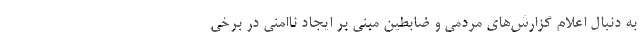
به دنبال اعلام گزارش‌های مردمی و ضابطین مبنی بر ایجاد ناامنی در برخی